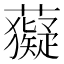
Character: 𧃩